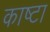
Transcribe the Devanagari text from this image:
काष्टा